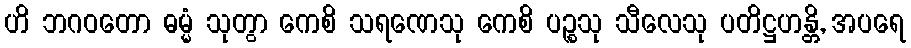
ဟိ ဘဂဝတော ဓမ္မံ သုတွာ ကေစိ သရဏေသု ကေစိ ပဉ္စသု သီလေသု ပတိဋ္ဌဟန္တိ, အပရေ